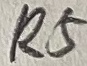
Text: R5